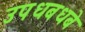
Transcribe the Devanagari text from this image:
उपधबधबे